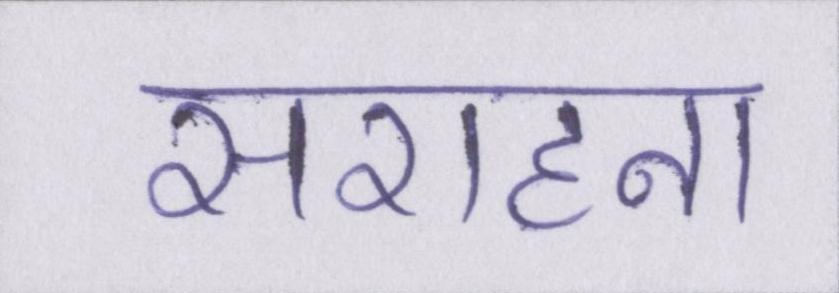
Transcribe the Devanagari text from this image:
सराहना